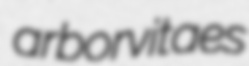
arborvitaes